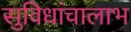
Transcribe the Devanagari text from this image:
सुविधांचालाभ